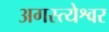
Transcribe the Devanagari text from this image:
अगस्त्येश्वर